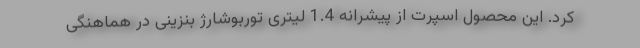
کرد. این محصول اسپرت از پیشرانه 1.4 لیتری توربوشارژ بنزینی در هماهنگی